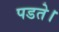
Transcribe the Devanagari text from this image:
पडते।